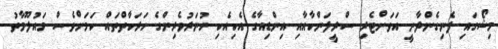
މިޝޯގައި ފެނިގެންދާނީ އަވަށްޓެރި ސްރީލަންކާއާއި އިންޑިއާގެ އެކިއެކި ހުނަރުވެރިންގެ ހަރަކާތްތައް ކަމަށްވެސް މައުލޫމާތު